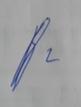
Signature authenticity: genuine